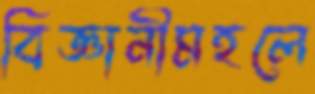
বিজ্ঞানীমহলে